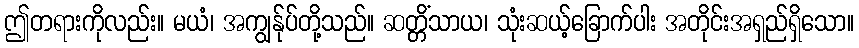
ဤတရားကိုလည်း။ မယံ၊ အကျွန်ုပ်တို့သည်။ ဆတ္တိံသာယ၊ သုံးဆယ့်ခြောက်ပါး အတိုင်းအရှည်ရှိသော။